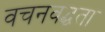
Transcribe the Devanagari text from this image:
वचनवद्धता